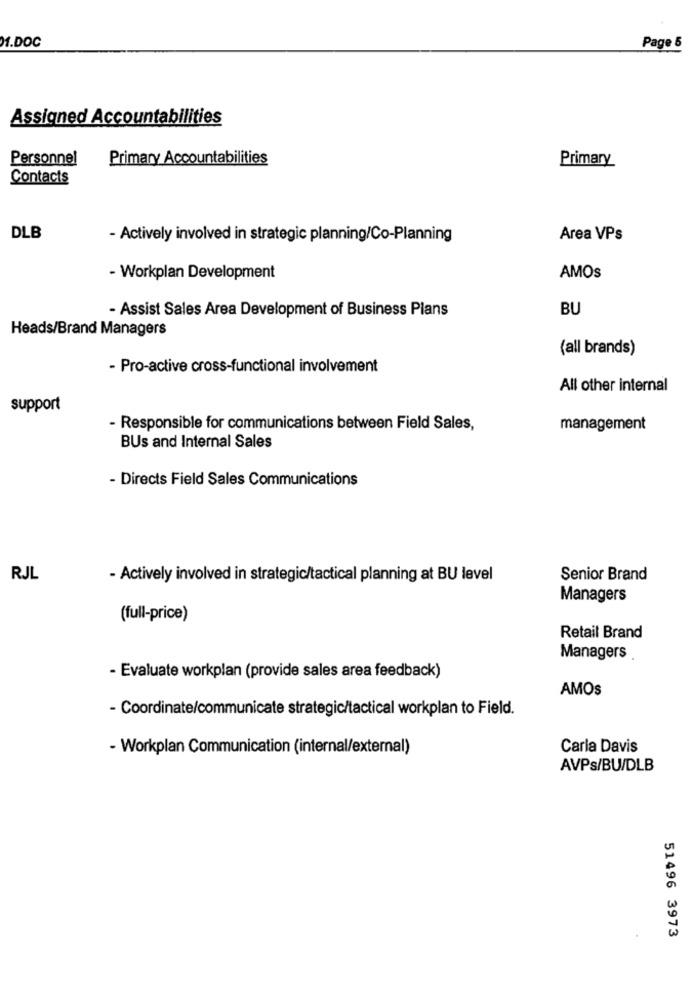
Page 5
1.DOC
Assigned Accountabilities
Personnel
Primary Accountabilities
Primary
Contacts
DLB
- Actively involved in strategic planning/Co-Planning
Area VPs
- Workplan Development
AMOS
- Assist Sales Area Development of Business Plans
BU
Heads/Brand Managers
(all brands)
- Pro-active cross-functional involvement
All other internal
support
- Responsible for communications between Field Sales,
management
BUs and Internal Sales
- Directs Field Sales Communications
RJL
- Actively involved in strategic/tactical planning at BU level
Senior Brand
Managers
(full-price)
Retail Brand
Managers
- Evaluate workplan (provide sales area feedback)
AMOS
- Coordinate/communicate strategic/tactical workplan to Field.
- Workplan Communication (internal/external)
Carla Davis
AVPs/BU/DLB
51496 3973